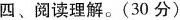
四、阅读理解.。(30 分)